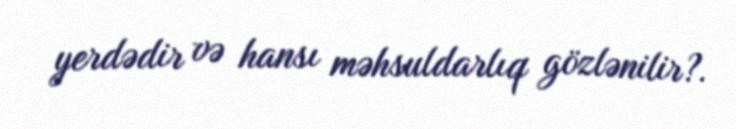
yerdədir və hansı məhsuldarlıq gözlənilir?.